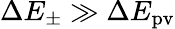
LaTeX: \Delta E_{\pm}\gg\Delta E_{\mathrm{{pv}}}